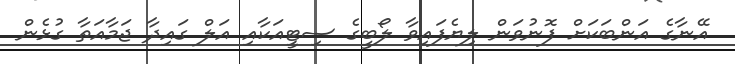
އޭނާގެ އަންބަަކަށް ފޮނުވަން ލިޔެފައިވާ ލޯބީގެ ސިޓީއަކާއި އަލް ގައިދާ ޖަމާއަތާ ގުޅެން